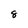
Character: 8